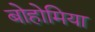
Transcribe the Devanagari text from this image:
बोहोमिया